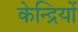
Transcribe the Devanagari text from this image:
केन्द्रियों